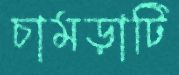
চামড়াটি